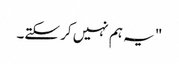
" یہ ہم نہیں کر سکتے۔